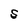
Character: S